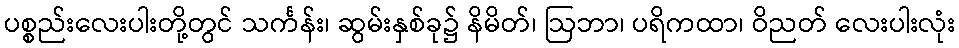
ပစ္စည်းလေးပါးတို့တွင် သင်္ကန်း၊ ဆွမ်းနှစ်ခု၌ နိမိတ်၊ ဩဘာ၊ ပရိကထာ၊ ဝိညတ် လေးပါးလုံး